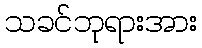
သခင်ဘုရားအား